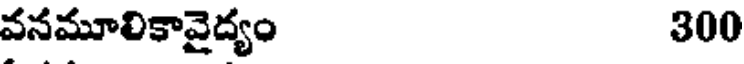
వనమూలికావైద్యం 300